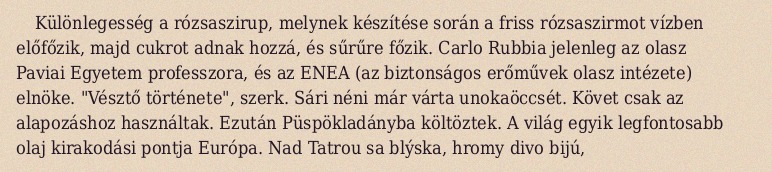
Különlegesség a rózsaszirup, melynek készítése során a friss rózsaszirmot vízben előfőzik, majd cukrot adnak hozzá, és sűrűre főzik. Carlo Rubbia jelenleg az olasz Paviai Egyetem professzora, és az ENEA (az biztonságos erőművek olasz intézete) elnöke. "Vésztő története", szerk. Sári néni már várta unokaöccsét. Követ csak az alapozáshoz használtak. Ezután Püspökladányba költöztek. A világ egyik legfontosabb olaj kirakodási pontja Európa. Nad Tatrou sa blýska, hromy divo bijú,